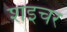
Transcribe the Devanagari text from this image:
शइचर